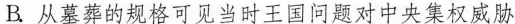
B从墓葬的规格可见当时王国问题对中央集权威胁